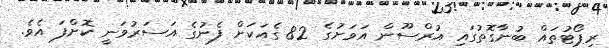
ރިޕޯޓުތައް ބުނާގޮތުގައި އުރްސޫން އަވަށުގެ 82 ގެއަކަށް ފެނުގެ އަސަރުވަނީ ކޮށްފަ އެވެ.